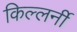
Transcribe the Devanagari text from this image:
किल्लर्नी